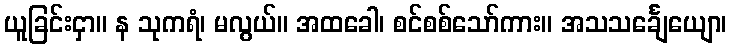
ယူခြင်းငှာ။ န သုကရံ၊ မလွယ်။ အထခေါ၊ စင်စစ်သော်ကား။ အသသင်္ချေယျော၊